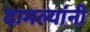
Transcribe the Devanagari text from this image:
दामल्यांनी